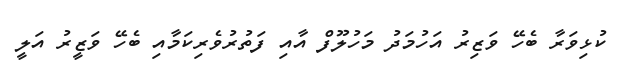
ކުޅިވަރާ ބެހޭ ވަޒިރު އަހުމަދު މަހުލޫފް އާއި ފަތުރުވެރިކަމާއި ބެހޭ ވަޒީރު އަލީ